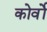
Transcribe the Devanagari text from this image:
कोर्वो